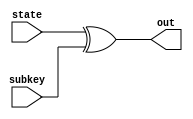
/*
* ------ADD Round Key Module------
Inputs :
	1- State -128 bit wire- (Plaintext after passing by n modules)
	2- subkey  -128 bit wire- (specific key for each round)
Outputs : 
	1- out -128 bit register- (output)
 	   
Description :
	-In this module, the state is ored with the subkey
*/

`timescale 1ns / 1ps

module inv_add_round_keys(
	input wire[127 : 0] state,
	input wire[127 : 0] subkey,
	output reg[127 : 0] out
	);
	always @*
		begin
		
			out = state ^ subkey;
		end
endmodule